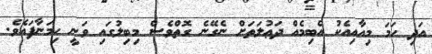
އަދި ހަމަ މިއާއިއެކު އެބިމެއް ދަޢުލަތަށް ނެގޭނެ ގޮތްވެސް މިބިލުގައި ވަނީ ހިމަނާފައެވެ.